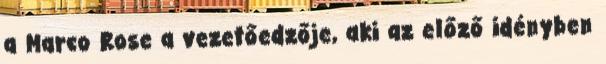
a Marco Rose a vezetőedzője, aki az előző idényben